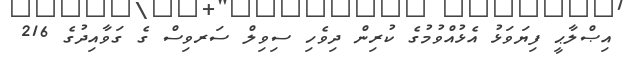
އިޞްލާޙީ ފިޔަވަޅު އެޅުއްވުމުގެ ކުރިން ދިވެހި ސިވިލް ސަރވިސް ގެ ގަވާއިދުގެ 216